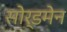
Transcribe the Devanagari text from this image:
सोर्डमेन